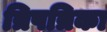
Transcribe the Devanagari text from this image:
त्रिपत्रिका